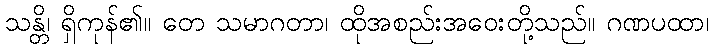
သန္တိ၊ ရှိကုန်၏။ တေ သမာဂတာ၊ ထိုအစည်းအဝေးတို့သည်။ ဂဏပထာ၊